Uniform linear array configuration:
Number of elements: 24
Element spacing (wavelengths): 0.25
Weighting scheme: exponential
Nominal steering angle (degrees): -45
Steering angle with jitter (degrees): -44.606
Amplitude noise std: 0.05
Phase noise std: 0.05

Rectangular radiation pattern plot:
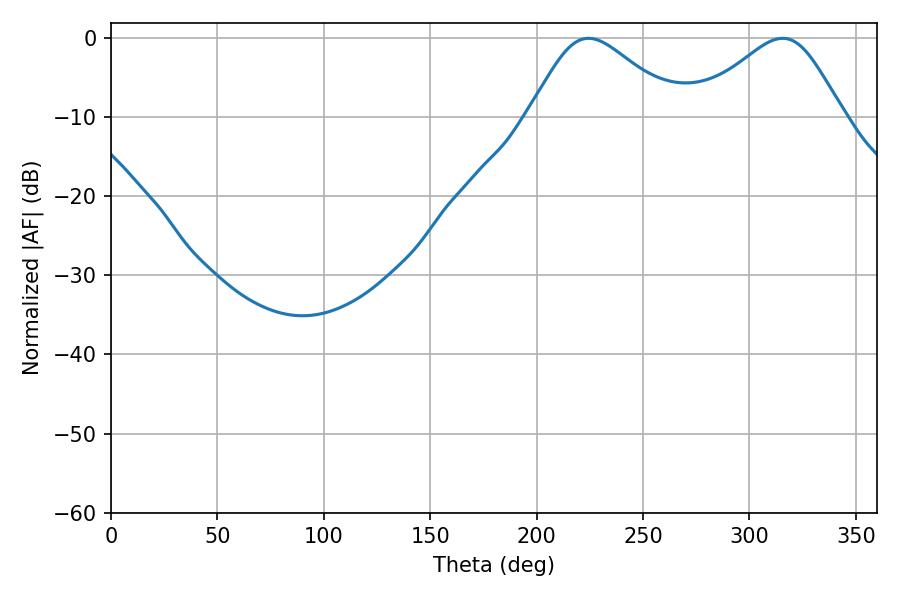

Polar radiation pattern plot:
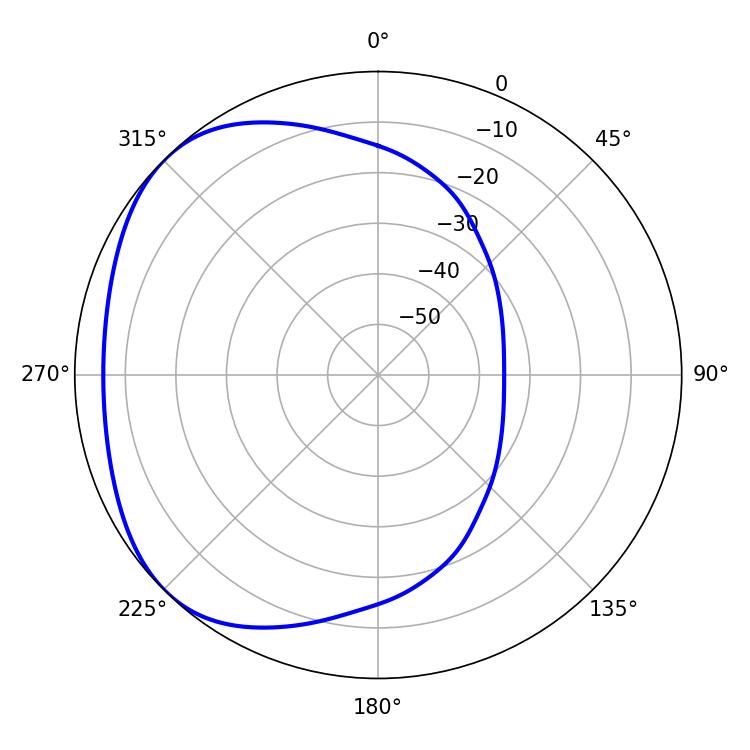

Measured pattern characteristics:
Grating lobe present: FALSE
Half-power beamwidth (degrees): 34.92
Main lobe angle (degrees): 224.46